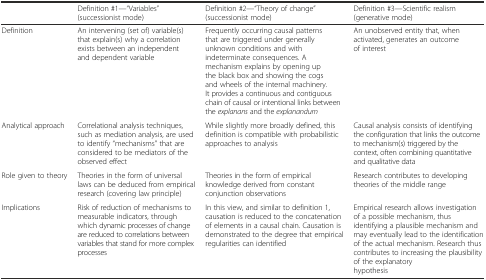
<table><thead><tr><td></td><td><b>Definition #1—“Variables” (successionist mode)</b></td><td><b>Definition #2—“Theory of change” (successionist mode)</b></td><td><b>Definition #3—Scientific realism (generative mode)</b></td></tr></thead><tbody><tr><td>Definition</td><td>An intervening (set of) variable(s) that explain(s) why a correlation exists between an independent and dependent variable</td><td>Frequently occurring causal patterns that are triggered under generally unknown conditions and with indeterminate consequences. A mechanism explains by opening up the black box and showing the cogs and wheels of the internal machinery. It provides a continuous and contiguous chain of causal or intentional links between the <i>explanans</i> and the <i>explanandum</i></td><td>An unobserved entity that, when activated, generates an outcome of interest</td></tr><tr><td>Analytical approach</td><td>Correlational analysis techniques, such as mediation analysis, are used to identify “mechanisms” that are considered to be mediators of the observed effect</td><td>While slightly more broadly defined, this definition is compatible with probabilistic approaches to analysis</td><td>Causal analysis consists of identifying the configuration that links the outcome to mechanism(s) triggered by the context, often combining quantitative and qualitative data</td></tr><tr><td>Role given to theory</td><td>Theories in the form of universal laws can be deduced from empirical research (covering law principle)</td><td>Theories in the form of empirical knowledge derived from constant conjunction observations</td><td>Research contributes to developing theories of the middle range</td></tr><tr><td>Implications</td><td>Risk of reduction of mechanisms to measurable indicators, through which dynamic processes of change are reduced to correlations between variables that stand for more complex processes</td><td>In this view, and similar to definition 1, causation is reduced to the concatenation of elements in a causal chain. Causation is demonstrated to the degree that empirical regularities can identified</td><td>Empirical research allows investigation of a possible mechanism, thus identifying a plausible mechanism and may eventually lead to the identification of the actual mechanism. Research thus contributes to increasing the plausibility of the explanatory hypothesis</td></tr></tbody></table>